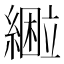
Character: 𰫴